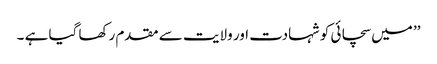
’’ میں سچائی کو شہادت اور ولایت سے مقدم رکھا گیا ہے ۔